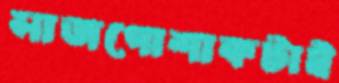
সাজপোশাকটাই